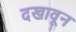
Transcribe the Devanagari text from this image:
दखावून